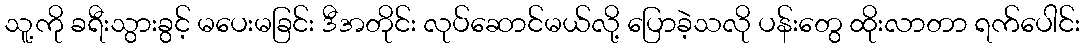
သူ့ကို ခရီးသွားခွင့် မပေးမခြင်း ဒီအတိုင်း လုပ်ဆောင်မယ်လို့ ပြောခဲ့သလို ပန်းတွေ ထိုးလာတာ ရက်ပေါင်း